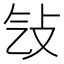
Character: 㪂